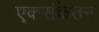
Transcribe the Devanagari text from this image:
एकसंकेतन